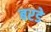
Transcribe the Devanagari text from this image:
बरडे